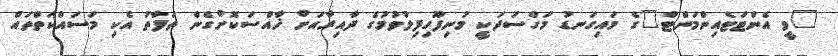
"ވީ އެންޓަޓެއިންމަންޓް"ގެ މައިގަނޑު މަގްސަދަކީ މުނިފޫހިފިލުވުމުގެ ދާއިރާއަށް ޚާއްސަކޮށްގެން ތަފާތު އެކި މަސައްކަތްތައް